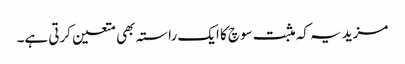
مزید یہ کہ مثبت سوچ کا ایک راستہ بھی متعین کرتی ہے۔